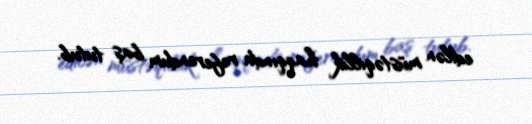
edilən müstəqillik haqqında referendum baş tutub.